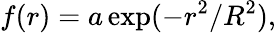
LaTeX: f(r)=a\exp(-r^{2}/R^{2}),